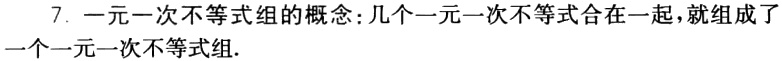
7. 一元一次不等式组的概念:几个一元一次不等式合在一起，就组成了一个一元一次不等式组.